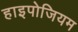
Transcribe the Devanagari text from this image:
हाइपोजियम